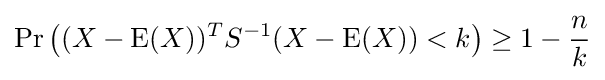
\Pr \left((X-\operatorname {E} (X))^{T}S^{-1}(X-\operatorname {E} (X))<k\right)\geq 1-{\frac {n}{k}}